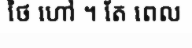
ថៃ ហៅ ។ តែ ពេល